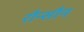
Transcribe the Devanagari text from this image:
रौन्सौन